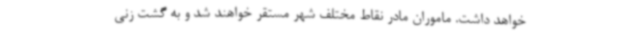
خواهد داشت. ماموران مادر نقاط مختلف شهر مستقر خواهند شد و به گشت زنی